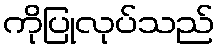
ကိုပြုလုပ်သည်